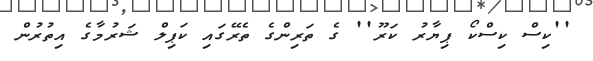
''ކިސް ކިސްކޯ ޕިޔާރު ކަރޫ'' ގެ ތަރިންގެ ތެރޭގައި ކަޕިލް ޝަރުމާގެ އިތުރުން